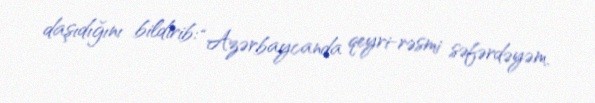
daşıdığını bildirib: “Azərbaycanda qeyri-rəsmi səfərdəyəm.